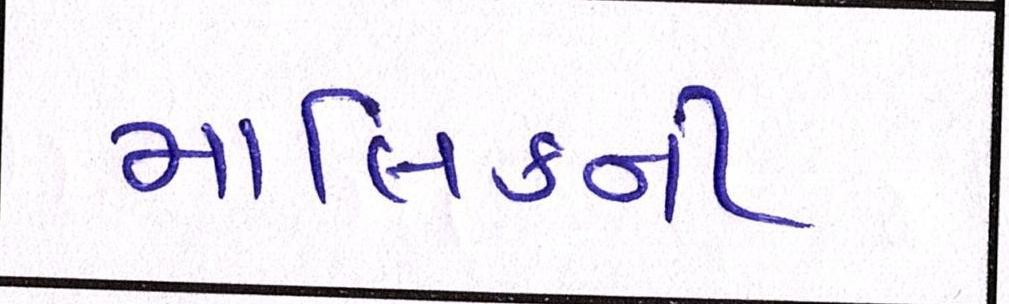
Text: માલિકની